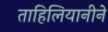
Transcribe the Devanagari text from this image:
ताहिलियानीने